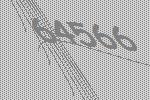
64566